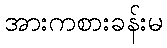
အားကစားခန်းမ